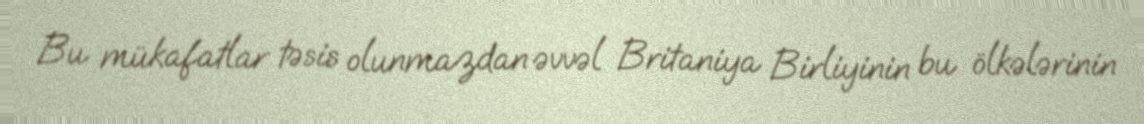
Bu mükafatlar təsis olunmazdan əvvəl Britaniya Birliyinin bu ölkələrinin